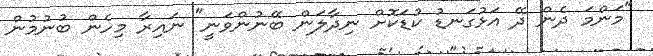
"މަންމަ ދެން ދޭ އަޅުގަނޑު ކުޑަކޮށް ނިދާލަން ބޭނުންވަނީ" ނައިރާ މިހެން ބުނުމުން